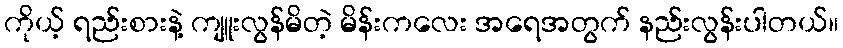
ကိုယ့် ရည်းစားနဲ့ ကျူးလွန်မိတဲ့ မိန်းကလေး အရေအတွက် နည်းလွန်းပါတယ်။